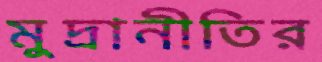
মুদ্রানীতির